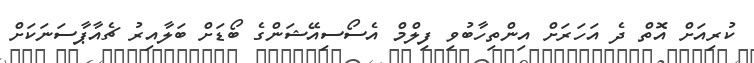
ކުރިއަށް އޮތް ދެ އަހަރަށް އިންތިހާބުވި ފިލްމް އެސޯސިއޭޝަންގެ ބޯޑަށް ބަލާއިރު ޗެއާޕާސަނަކަށް